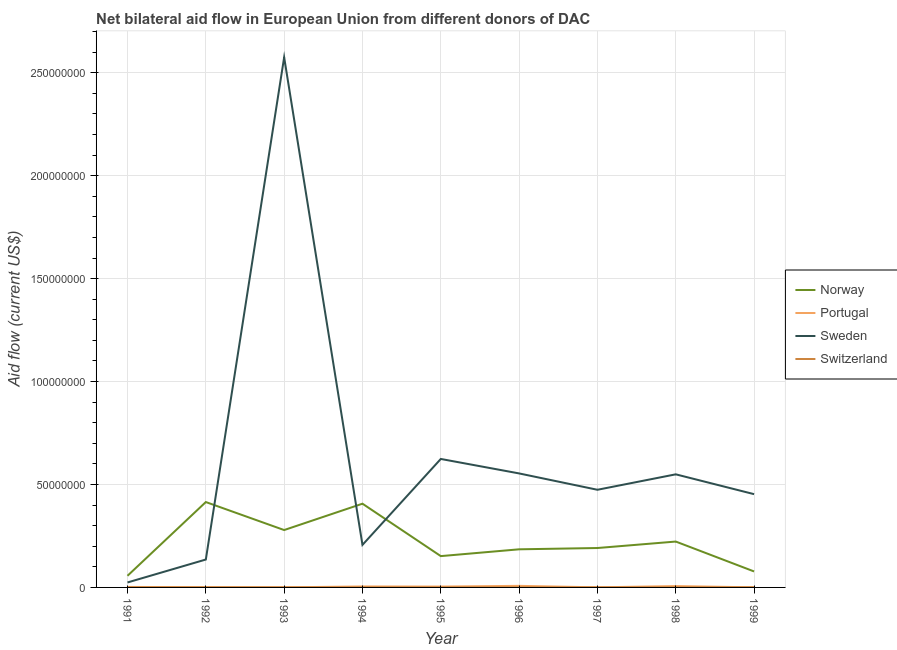
| Year | Norway | Portugal | Sweden | Switzerland |
 | --- | --- | --- | --- | --- |
 | 1991 | 5.65e+06 | 2.4e+05 | 2.41e+06 | 7e+04 |
 | 1992 | 4.15e+07 | 1.2e+05 | 1.36e+07 | 7e+04 |
 | 1993 | 2.79e+07 | 4e+04 | 2.57e+08 | 6e+04 |
 | 1994 | 4.07e+07 | 4.7e+05 | 2.07e+07 | 5e+04 |
 | 1995 | 1.52e+07 | 4.2e+05 | 6.24e+07 | 4e+04 |
 | 1996 | 1.85e+07 | 7.7e+05 | 5.54e+07 | 6e+04 |
 | 1997 | 1.91e+07 | 5e+04 | 4.74e+07 | 6e+04 |
 | 1998 | 2.23e+07 | 6.6e+05 | 5.49e+07 | 7e+04 |
 | 1999 | 7.76e+06 | 5e+04 | 4.53e+07 | 9e+04 |